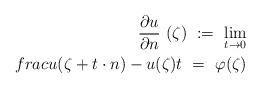
LaTeX: \begin{align*}\frac{\partial u}{\partial n}\ (\zeta)\ :=\ \lim_{t\to 0}\\frac{u(\zeta+t\cdot n)-u(\zeta)}{t}\ =\ \varphi(\zeta)\end{align*}